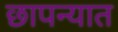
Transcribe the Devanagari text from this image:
छापन्यात